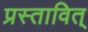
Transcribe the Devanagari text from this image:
प्रस्तावित्